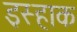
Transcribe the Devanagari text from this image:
इस्हाक